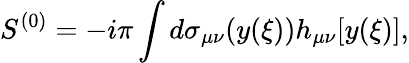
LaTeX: S^{(0)}=-i\pi\int d\sigma_{\mu\nu}(y(\xi))h_{\mu\nu}[y(\xi)],